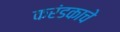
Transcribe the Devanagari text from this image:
करंडकाचे